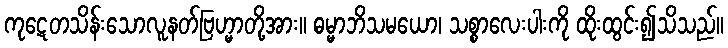
ကုဋေတသိန်းသောလူနတ်ဗြဟ္မာတို့အား။ ဓမ္မာဘိသမယော၊ သစ္စာလေးပါးကို ထိုးထွင်း၍သိသည်။